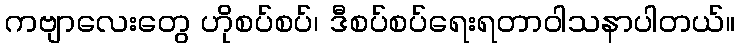
ကဗျာလေးတွေ ဟိုစပ်စပ်၊ ဒီစပ်စပ်ရေးရတာဝါသနာပါတယ်။